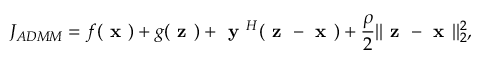
J _ { A D M M } = f ( \textbf { x } ) + g ( \textbf { z } ) + \textbf { y } ^ { H } ( \textbf { z } - \textbf { x } ) + \frac { \rho } { 2 } | | \textbf { z } - \textbf { x } | | _ { 2 } ^ { 2 } ,